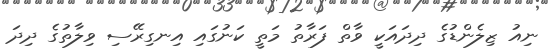
ނިއު ޒިލެންޑުގެ ދިދައަކީ ވާތް ފަރާތު މަތީ ކަނުގައި އިނގިރޭސި ވިލާތުގެ ދިދަ